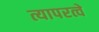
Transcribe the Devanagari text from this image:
त्यापरत्वे